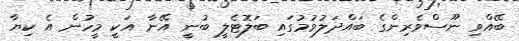
ބޭއްވި ނޫސްވެރިންގެ ބައްދަލުވުމުގައި ބަލޮޓެލީ ބުނީ އޭނާ އަކީ މީހުން އެ ކިޔާ